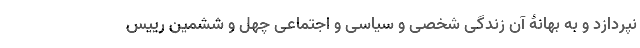
نپردازد و به بهانۀ آن زندگی شخصی و سیاسی و اجتماعی چهل و ششمین رییس